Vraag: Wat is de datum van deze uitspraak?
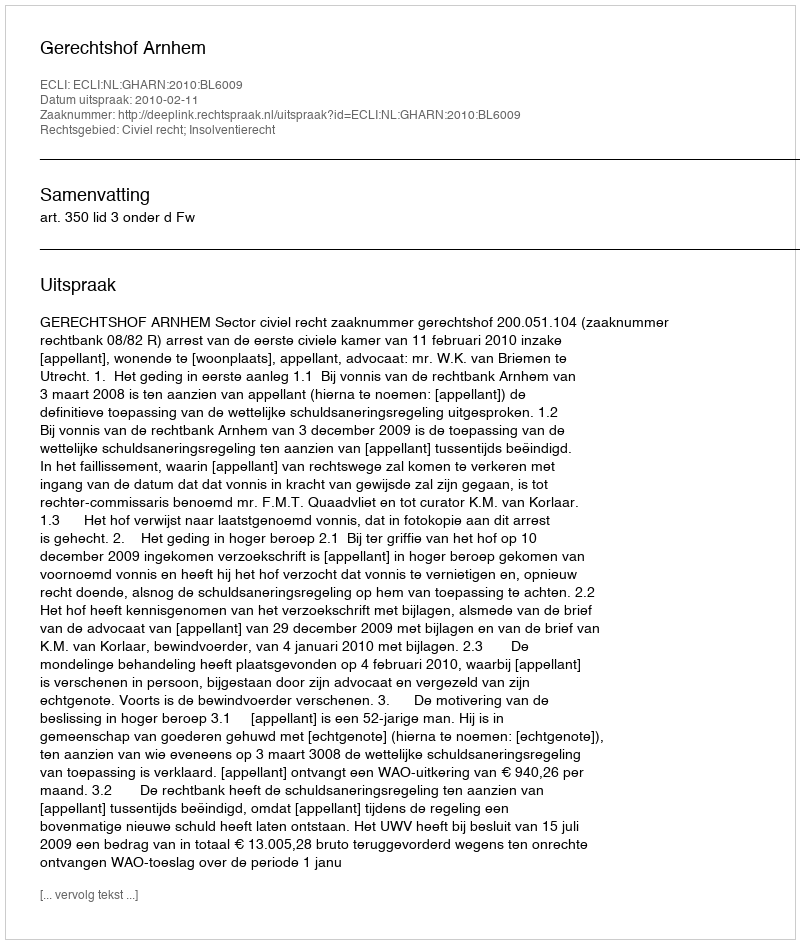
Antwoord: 2010-02-11